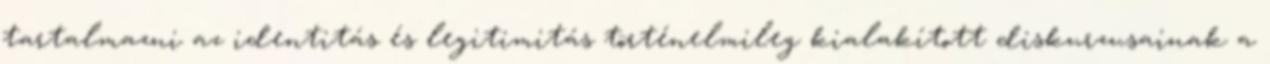
tartalmazni az identitás és legitimitás történelmileg kialakított diskurzusainak a